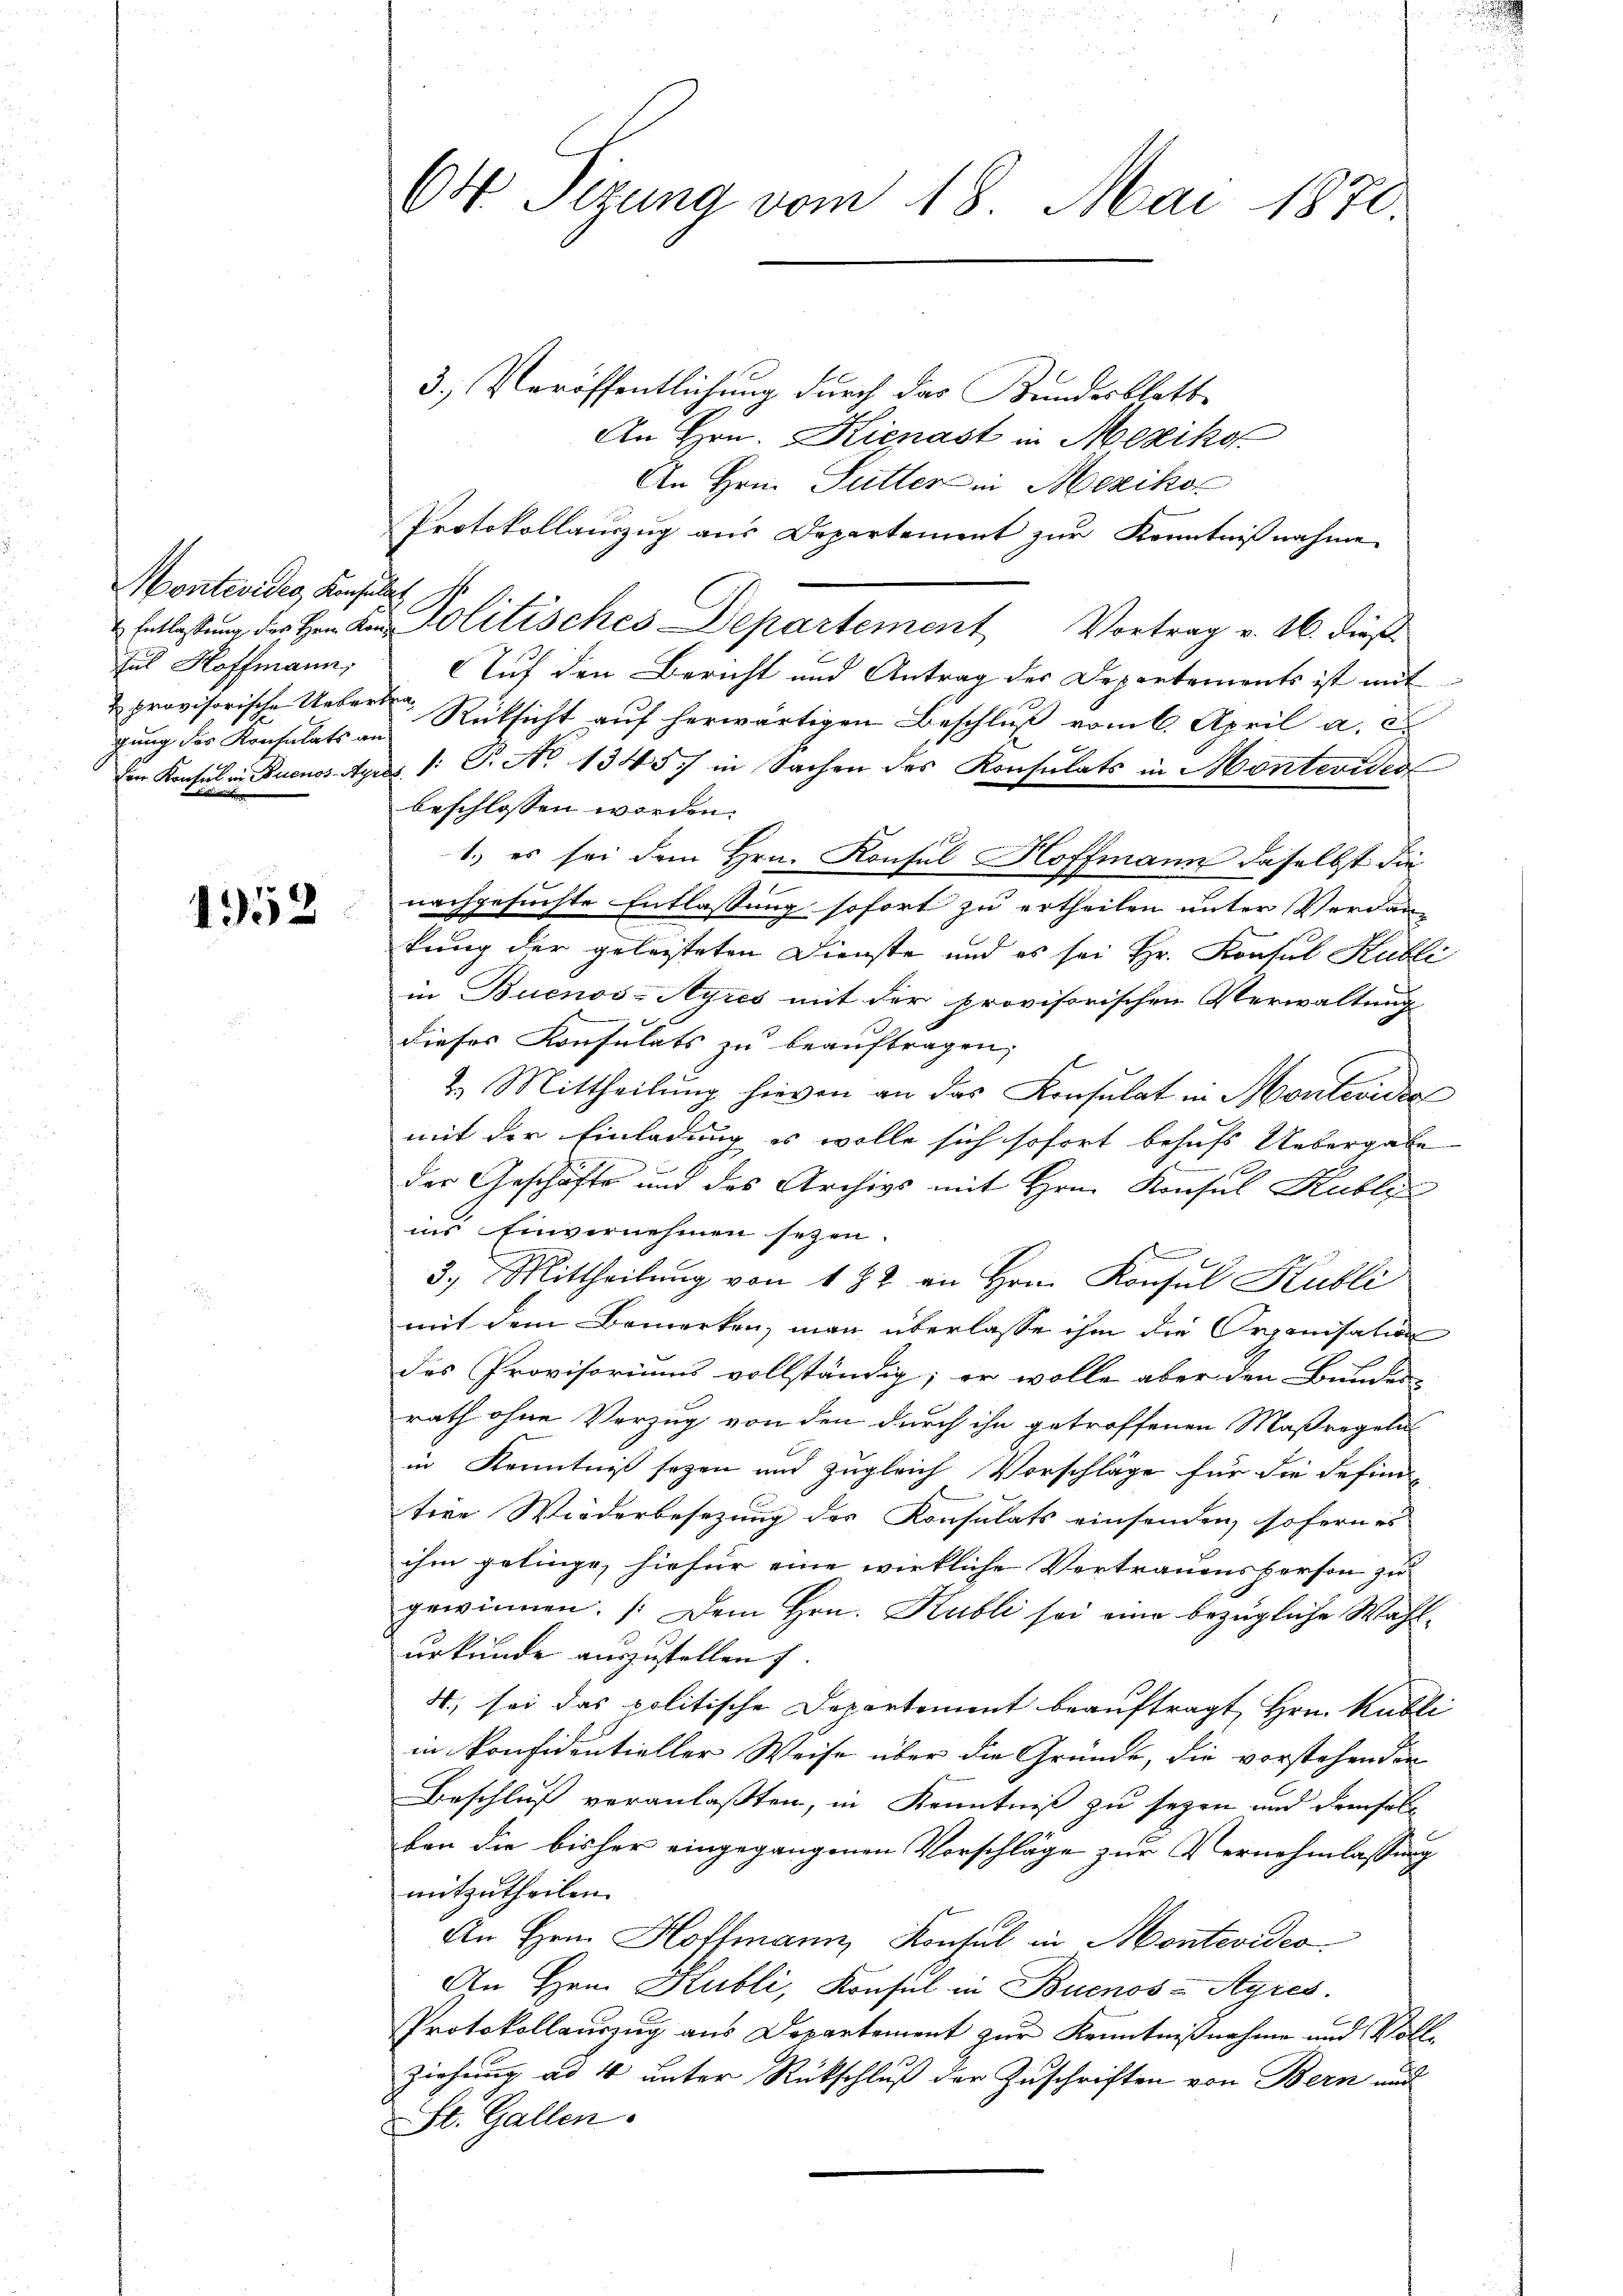
Monteviden Konsulat
Jul Hoffmann,
gung des Konsulats an
un dies mit

1952

ON Sizung vom 18. Mai 1870.

3.) Veröffentlichung durch das Bundesblatte
An Hrn. Kienast in Meziko
An Hrn. Sutter in Mesiker
Protokollauszug aus Departement zur Kenntnißnahme
Entlassŭng des Hrn K. Politisches Departement Vortrag v. 26. dieß
Auf den Bericht und Antrag der Departements ist mit
& provisorische Ueber Rücksicht aŭf herwärtigen Beschlŭβ vom 6. April a. c.
den Konsul in Buenos Ayres 1 S. No 1345) in Sachen des Konsulats in Montevides
beschlossen worden.
12
1.) es sei dem Hrn. Konsul Hoffmann daselbst die
nachgesuchte Entlassung sofort zu ertheilen unter Verdan-
kung der geleisteten Dienste und es sei Hr. Konsul Kubli
in Buenos-Ayres mit der provisorischen Verwaltung
dieses Konsulats zu beauftragen;
so
2. Mittheilung hievon an das Konsulat in Montevidie
mit der Einladung es wolle sich sofort behufs Uebergabe
der Geschäfte und des Archivs mit Hrn. Konsul Hubler
ins Einvernehmen seyen.
3. Mittheilung von 182 an Hrn. Konsul Kubli
mit dem Bemerken, man überlasse ihm die Organisation
des Provisoriums vollständig; er wolle aber den Bunde
rath ohne Vorzug von den durch ihn getroffenen Maßregeln
in Kenntniß seyen und zugleich Vorschläge für die definitive Wiederbesezung des Konsulats einsenden, sofern es
ihm gelinge, hiefür eine wirkliche Vertrauensperson zu
gewinnen. Dem Hrn. Hubli sei eine bezügliche Wahlurkunde auszustellen. |
4., sei das politische Departement beauftragt, Hrn. Kubli
in Konfidentieller Weise über die Gründe, die vorstehenden
Beschluß veranlaßten, in Kenntniß zu seyen und demselbe
ben die bisher eingegangenen Vorschläge zur Vernehmlassung
mitzutheilen.
An Hrn. Hoffmann, Konsul in Montevideo
An Hrn. Kubli, Konsul in Buenos-Ayres.
Protokollauszug aus Departement zur Kenntnißnahme und Voll-
Ziehung ad 4 unter Rückschluß der Zuschriften von Bern und
St. Gallen.